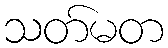
သတ်မတ